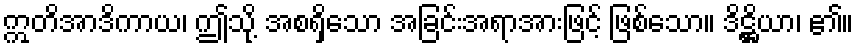
ဣတိအာဒိကာယ၊ ဤသို့ အစရှိသော အခြင်းအရာအားဖြင့် ဖြစ်သော။ ဒိဋ္ဌိယာ၊ ၏။